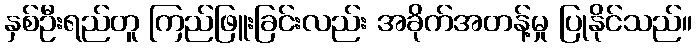
နှစ်ဦးရည်တူ ကြည်ဖြူးခြင်းလည်း အခိုက်အတန့်မှု ပြုနိုင်သည်။